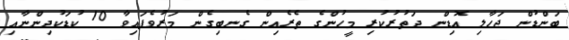
ބަންޑުން ޖަހާލި އޮޑިން ދަތުރުކުރި މީހުންގެ ތެރެއިން ގެނބިގެން މަރުވެފައިވާ 10 ކުޑަކުދިންނާއި